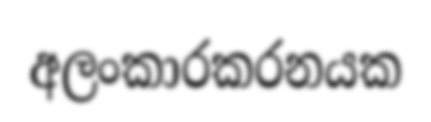
අලංකාරකරනයක